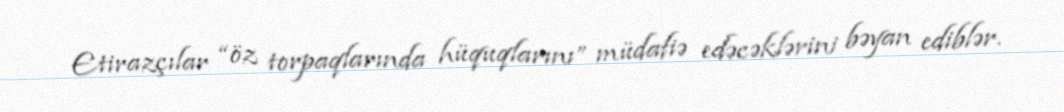
Etirazçılar “öz torpaqlarında hüquqlarını” müdafiə edəcəklərini bəyan ediblər.